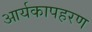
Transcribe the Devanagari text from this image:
आर्यकापहरण